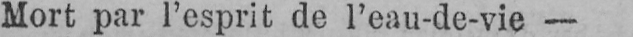
Mort par l’esprit de l’eau-de-vie -